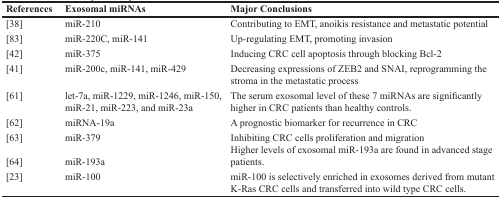
| References | Exosomal miRNAs | Major Conclusions |
 | --- | --- | --- |
 | [38] | miR-210 | Contributing to EMT, anoikis resistance and metastatic potential |
 | [83] | miR-220C, miR-141 | Up-regulating EMT, promoting invasion |
 | [42] | miR-375 | Inducing CRC cell apoptosis through blocking Bcl-2 |
 | [41] | miR-200c, miR-141, miR-429 | Decreasing expressions of ZEB2 and SNAI, reprogramming the stroma in the metastatic process |
 | [61] | let-7a, miR-1229, miR-1246, miR-150, miR-21, miR-223, and miR-23a | The serum exosomal level of these 7 miRNAs are significantly higher in CRC patients than healthy controls. |
 | [62] | miRNA-19a | A prognostic biomarker for recurrence in CRC |
 | [63] | miR-379 | Inhibiting CRC cells proliferation and migration |
 | [64] | miR-193a | Higher levels of exosomal miR-193a are found in advanced stage patients. |
 | [23] | miR-100 | miR-100 is selectively enriched in exosomes derived from mutant K-Ras CRC cells and transferred into wild type CRC cells. |